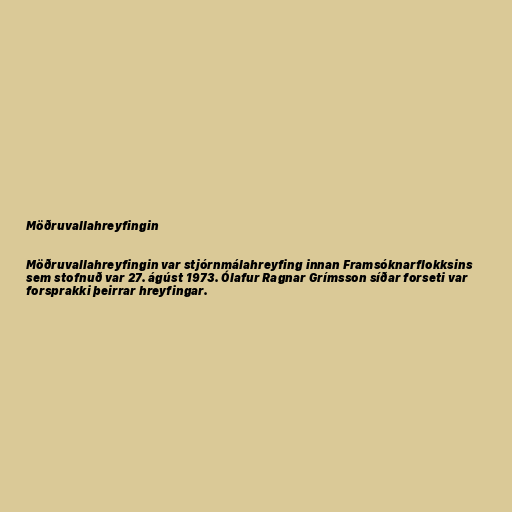
Möðruvallahreyfingin

Möðruvallahreyfingin var stjórnmálahreyfing innan Framsóknarflokksins
sem stofnuð var 27. ágúst 1973. Ólafur Ragnar Grímsson síðar forseti var
forsprakki þeirrar hreyfingar.